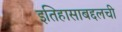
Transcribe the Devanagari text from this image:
इतिहासाबद्दलची